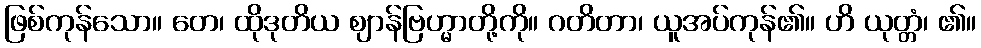
ဖြစ်ကုန်သော။ တေ၊ ထိုဒုတိယ ဈာန်ဗြဟ္မာတို့ကို။ ဂတိတာ၊ ယူအပ်ကုန်၏။ ဟိ ယုတ္တံ၊ ၏။